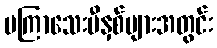
မကြာသေးမီနှစ်များအတွင်း